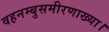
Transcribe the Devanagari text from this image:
वह़नम्‍बुसमीरणाख्‍या।